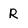
Character: R